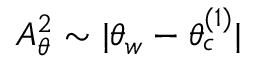
A _ { \theta } ^ { 2 } \sim | \theta _ { w } - \theta _ { c } ^ { ( 1 ) } |